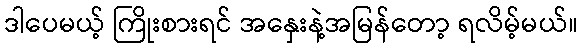
ဒါပေမယ့် ကြိုးစားရင် အနှေးနဲ့အမြန်တော့ ရလိမ့်မယ်။